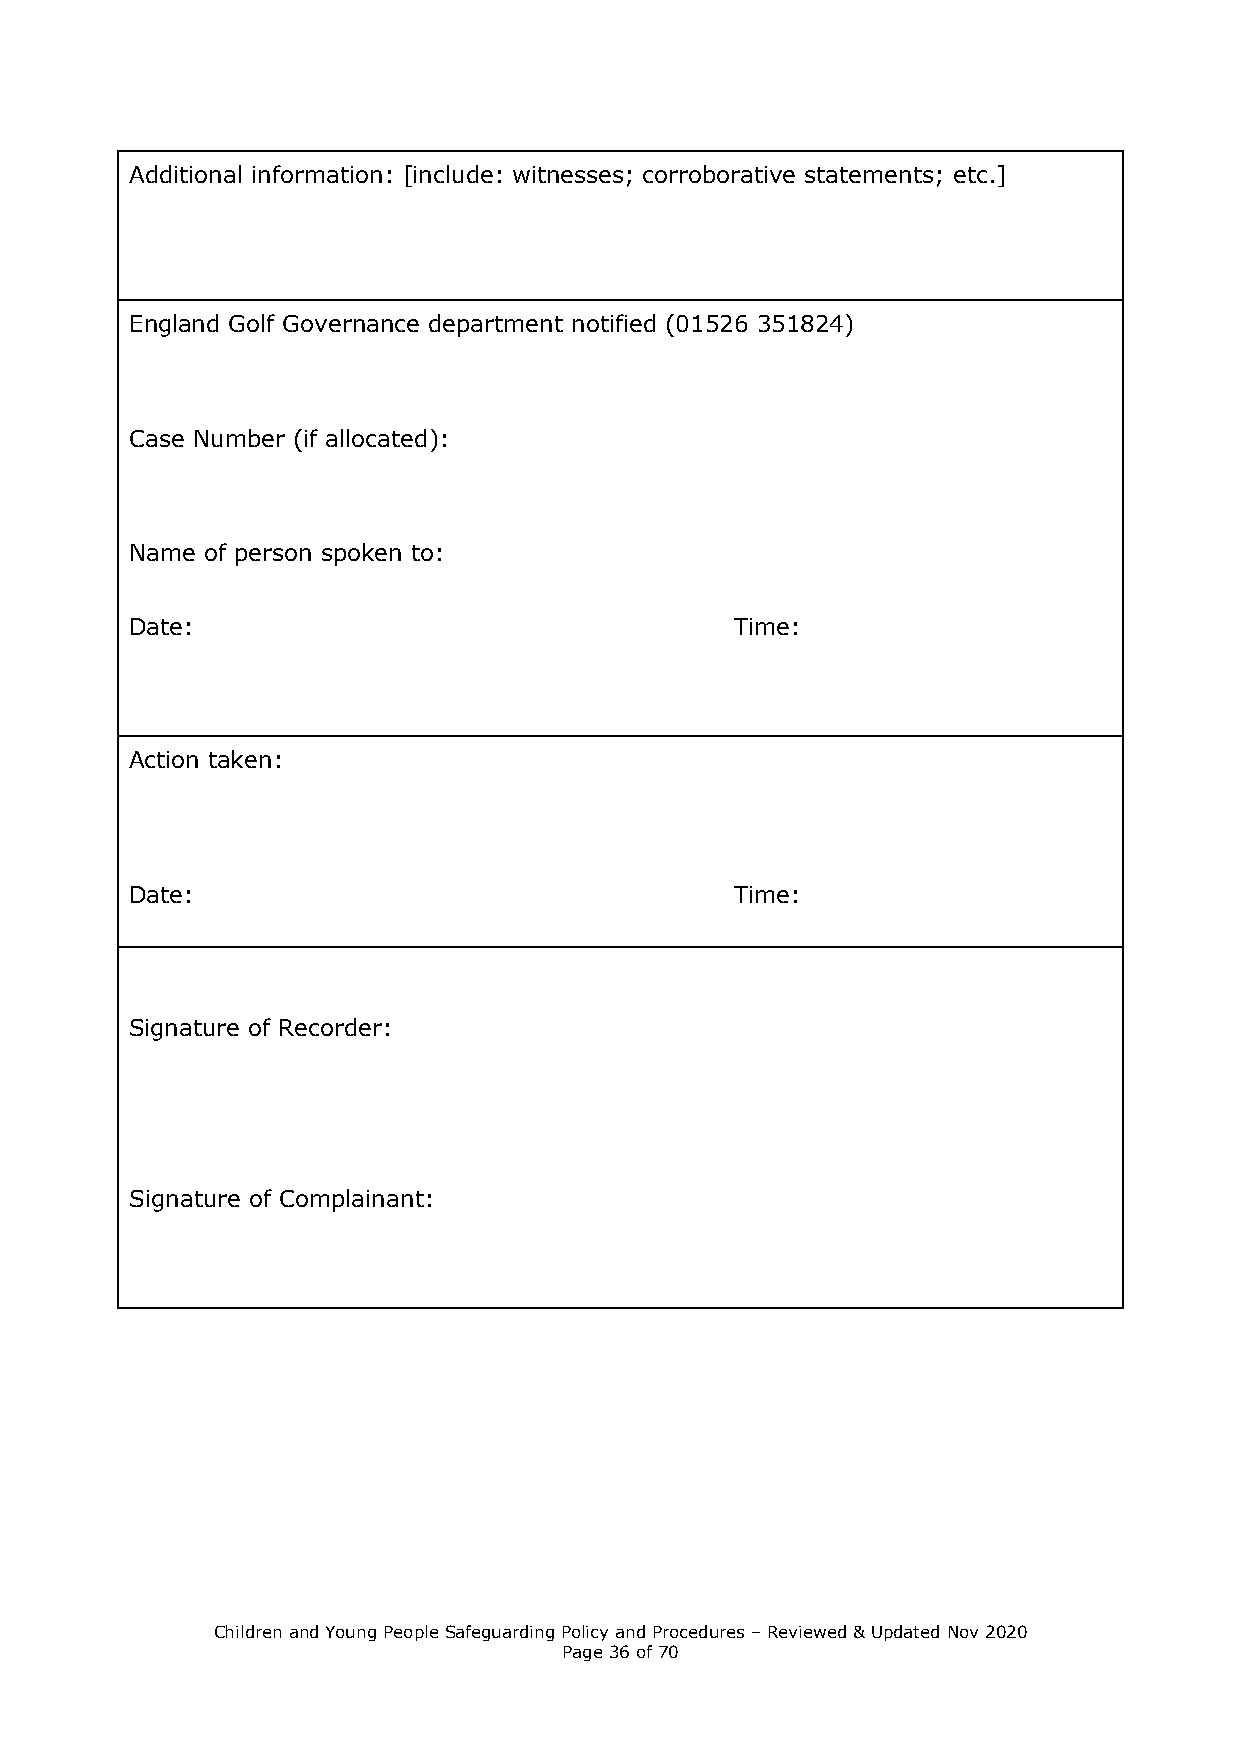
Additional information: [include: witnesses; corroborative statements; etc.]
 England Golf Governance department notified (01526 351824)
 Case Number (if allocated):
 Name of person spoken to:
 Date:                                   Time:
 Action taken:
 Date:                                   Time:
 Signature of Recorder:
 Signature of Complainant:
 Children and Young People Safeguarding Policy and Procedures – Reviewed & Updated Nov 2020
 Page 36 of 70